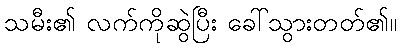
သမီး၏ လက်ကိုဆွဲပြီး ခေါ်သွားတတ်၏။